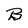
Character: B